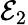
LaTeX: \mathcal{E}_{2}